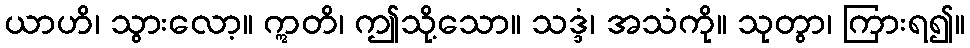
ယာဟိ၊ သွားလော့။ ဣတိ၊ ဤသို့သော။ သဒ္ဒံ၊ အသံကို။ သုတွာ၊ ကြားရ၍။